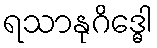
ရသာနုဂိဒ္ဓေါ